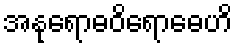
အနုရောဓဝိရောဓေဟိ